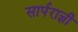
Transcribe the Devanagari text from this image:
सार्पराज्ञी